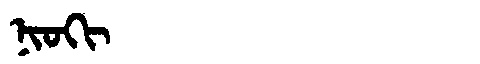
Manchu: ᠨᡳᠣᡴᡳ
Romanization: NIOKI